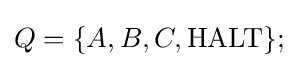
Q=\{A,B,C,{\text{HALT}}\};